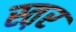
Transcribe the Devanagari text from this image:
स्त़र